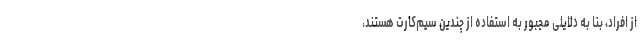
از افراد، بنا به دلایلی مجبور به استفاده از چندین سیم‌کارت ‌هستند،